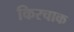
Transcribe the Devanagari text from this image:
किरचाक